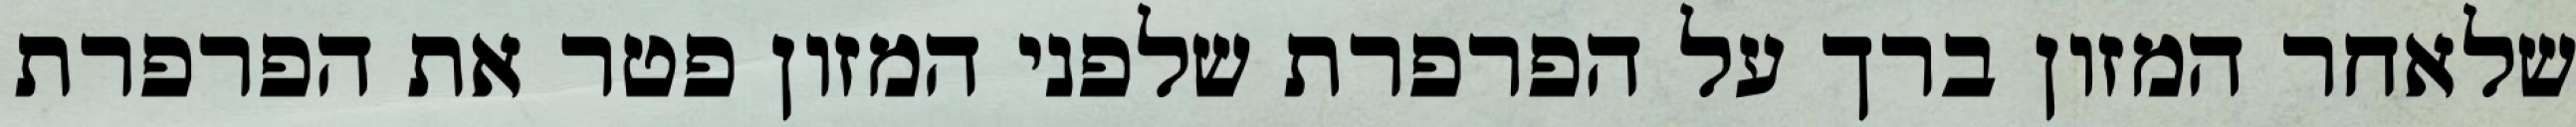
שלאחר המזון ברך על הפרפרת שלפני המזון פטר את הפרפרת